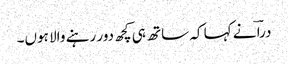
دراؔ نے کہا کہ ساتھ ہی کچھ دور رہنے والا ہوں۔